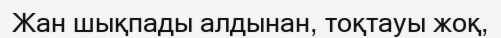
Жан шықпады алдынан, тоқтауы жоқ,